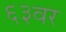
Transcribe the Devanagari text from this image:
६३वर